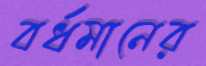
বর্ধমানের